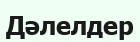
Дәлелдер